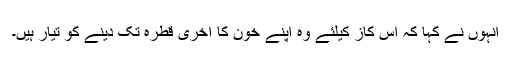
انہوں نے کہا کہ اس کاز کیلئے وہ اپنے خون کا آخری قطرہ تک دینے کو تیار ہیں۔